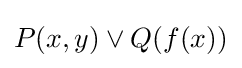
P(x,y)\lor Q(f(x))